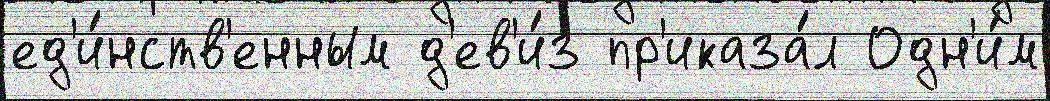
ед'и́нств'енным д'ев'и́з пр'иказа́л Одн'и́м